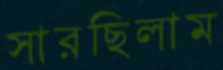
সারছিলাম